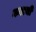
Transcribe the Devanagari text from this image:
कडाची